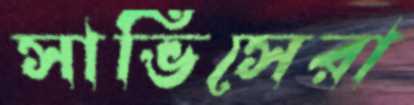
সার্ভিসেরা